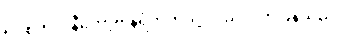
ရပ်စ်ကိုလ်နီကော့ဗ် နံရံဘက်သို့ လှည့်လိုက်ပြန်သည်။